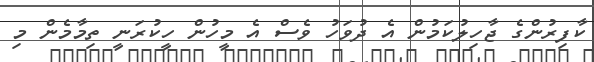
ކާފިރުންގެ ޖާހިލުކަމުން އެ ދުވަހު ވެސް އެ މީހުން ހީކުރަނީ ތިމާމެން މި